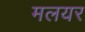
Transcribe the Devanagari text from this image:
मलयर